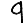
Digit: 9